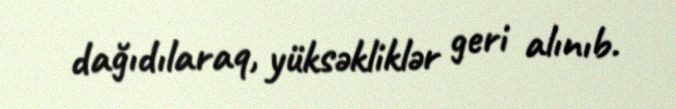
dağıdılaraq, yüksəkliklər geri alınıb.